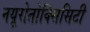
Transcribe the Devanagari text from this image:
नयूरोतोक्सिसिटी